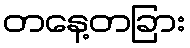
တနေ့တခြား